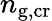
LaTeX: n_{\mathrm{g,cr}}